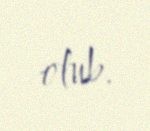
olub.